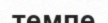
темпе